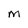
Character: M